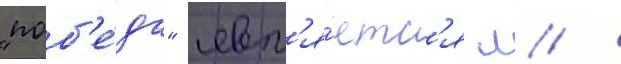
"поб'е́да" явл'я́етс'я л /